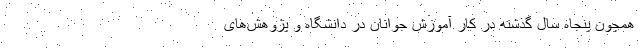
همچون پنجاه سال گذشته در کار آموزش جوانان در دانشگاه و پژوهش‌های